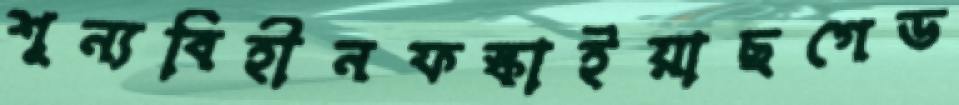
শূন্যবিহীনফস্‌কাইয়াছগেড